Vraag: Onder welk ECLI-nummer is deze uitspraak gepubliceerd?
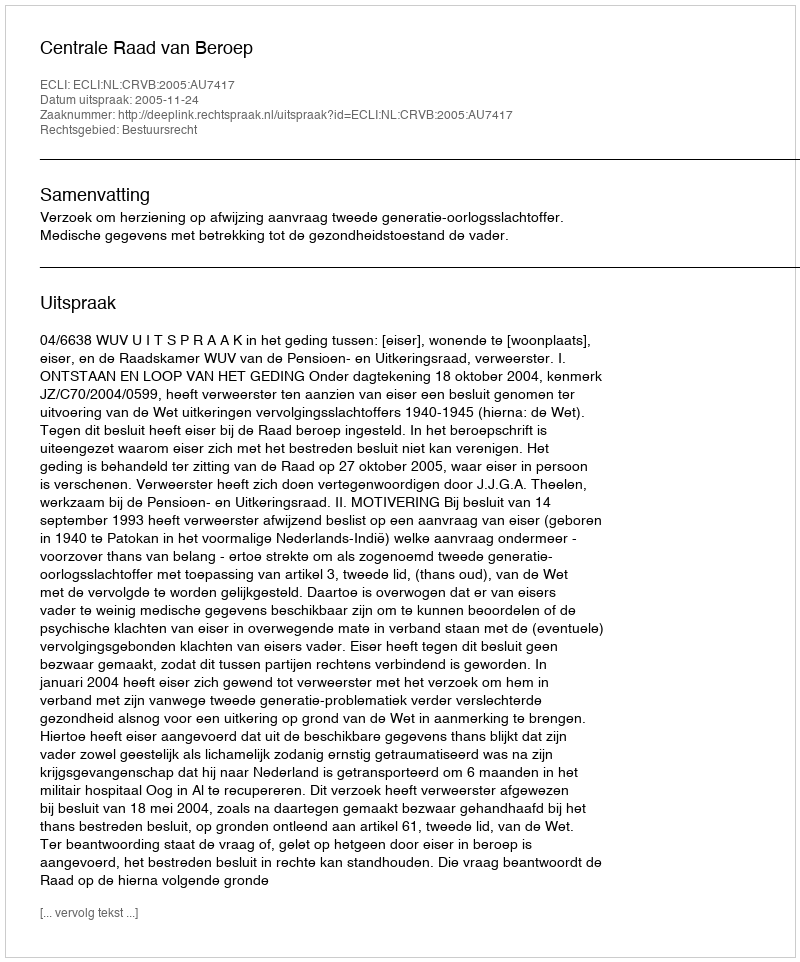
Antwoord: ECLI:NL:CRVB:2005:AU7417